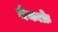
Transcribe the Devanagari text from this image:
मैकाफ्रे